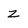
Character: Z